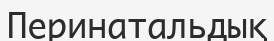
Перинатальдық